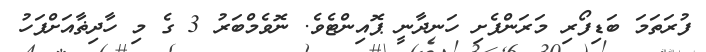
ފުރަތަމަ ބަޑިފޯރި މަރަންފެށި ހަނދާނީ ޕޮއިންޓެވެ. ނޮވެމްބަރު 3 ގެ މި ހާދިޡާއަށްފަހު